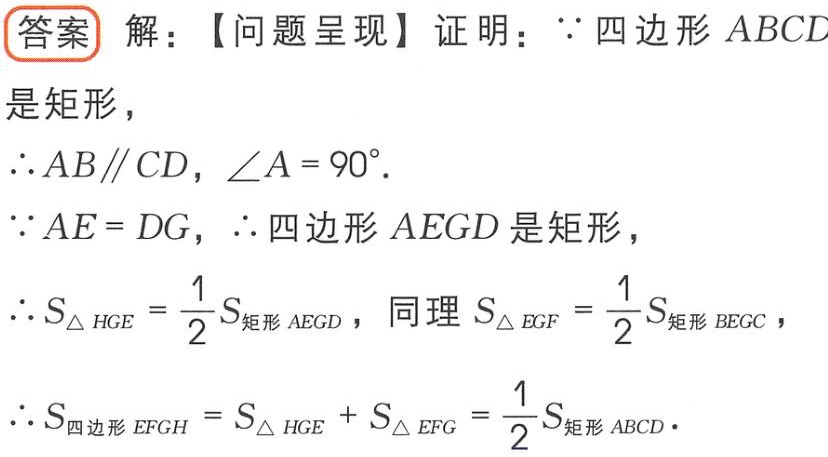
\begin{solution}
【问题呈现】证明：\(\because\) 四边形 \(ABCD\) 是矩形，
\(\therefore AB\parallel CD\)，\(\angle A = 90^{\circ}\)。
\(\because AE = DG\)，\(\therefore\) 四边形 \(AEGD\) 是矩形，
\(\therefore S_{\triangle HGE}=\frac{1}{2}S_{矩形 AEGD}\)，同理 \(S_{\triangle EGF}=\frac{1}{2}S_{矩形 BEGC}\)，
\(\therefore S_{四边形 EFGH}=S_{\triangle HGE}+S_{\triangle EFG}=\frac{1}{2}S_{矩形 ABCD}\)。
\end{solution}